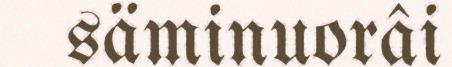
säminuorâi